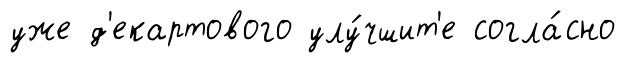
уже д'екартового улу́чшит'е согла́сно